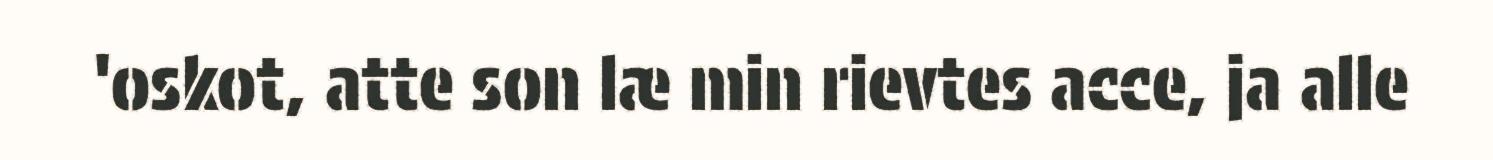
'oskot, atte son læ min rievtes acce, ja alle